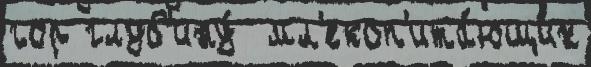
гор глуб'ину́  мл'екоп'ита́ющих